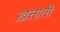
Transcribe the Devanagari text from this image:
ख़त्ताती